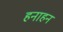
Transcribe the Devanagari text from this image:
हनाहन